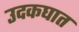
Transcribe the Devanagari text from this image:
उदकघात